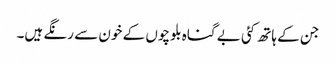
جن کے ہاتھ کئی بے گناہ بلوچوں کے خون سے رنگے ہیں۔